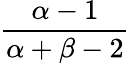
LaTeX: \frac{\alpha-1}{\alpha+\beta-2}